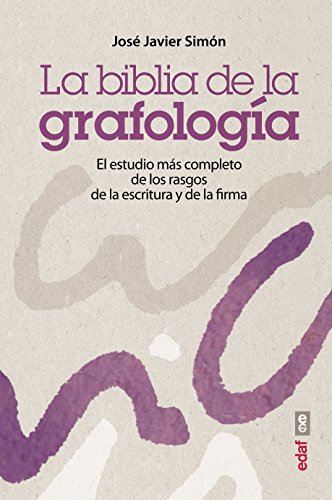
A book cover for La biblia de la grafologia (Spanish Edition); Jose Javier Simon; Self-Help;